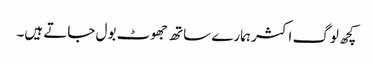
کچھ لوگ اکثر ہمارے ساتھ جھوٹ بول جاتے ہیں۔